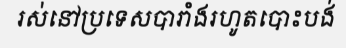
រស់នៅប្រទេសបារាំងរហូតបោះបង់